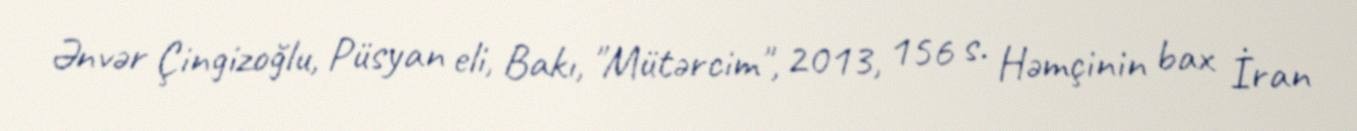
Ənvər Çingizoğlu, Püsyan eli, Bakı, "Mütərcim", 2013, 156 s. Həmçinin bax İran